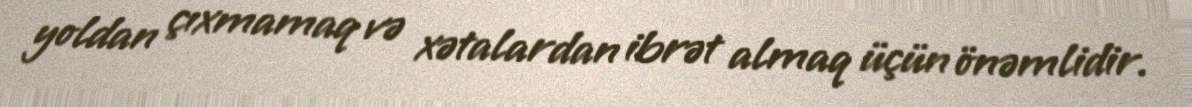
yoldan çıxmamaq və xətalardan ibrət almaq üçün önəmlidir.